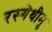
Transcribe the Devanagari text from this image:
रस्गेथीमु